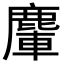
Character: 𪋀